Indian journal of veterinary science and animal husbandry - Volumes 18-21, 1948-1951
Year: 1948
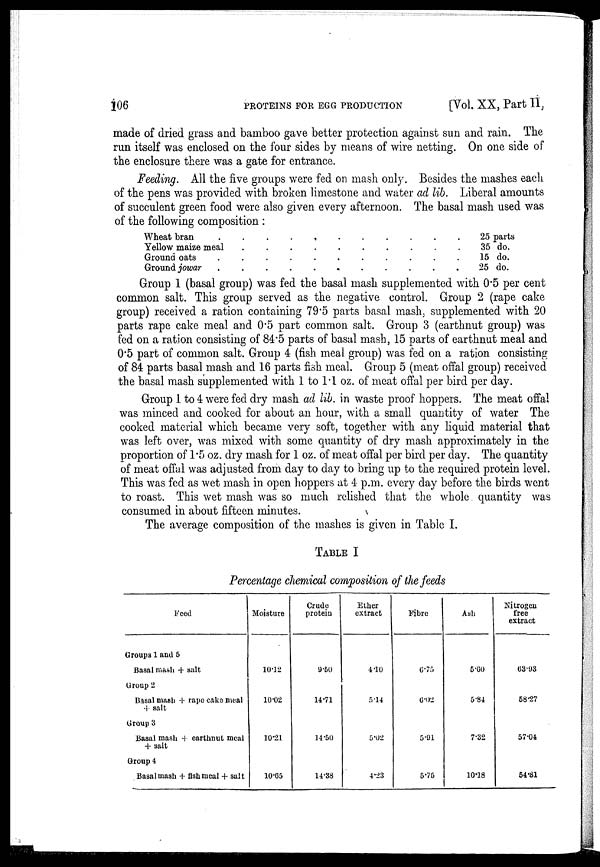
106
PROTEINS FOR EGG PRODUCTION
[Vol. XX, Part II,
made of dried grass and bamboo gave better protection against sun and rain. The
run itself was enclosed on the four sides by means of wire netting. On one side of
the enclosure there was a gate for entrance.
Feeding. All the five groups were fed on mash only. Besides the mashes each
of the pens was provided with broken limestone and water ad lib. Liberal amounts
of succulent green food were also given every afternoon. The basal mash used was
of the following composition :
Wheat bran
......
Yellow maize meal
Ground oats .................
Ground jowar
......
25 parts
35 do.
......15 do.
5 do.
Group 1 (basal group) was fed the basal mash supplemented with 0.5 per cent
common salt. This group served as the negative control. Group 2 (rape cake
group) received a ration containing 79.5 parts basal mash, supplemented with 20
parts rape cake meal and 0.5 part common salt. Group 3 (earthnut group) was
fed on a ration consisting of 84.5 parts of basal mash, 15 parts of earthnut meal and
0.5 part of common salt. Group 4 (fish meal group) was fed on a ration consisting
of 84 parts basal mash and 16 parts fish meal. Group 5 (meat offal group) received
the basal mash supplemented with 1 to 1.1 oz. of meat offal per bird per day.
Group 1 to 4 were fed dry mash ad lib. in waste proof hoppers. The meat offal
was minced and cooked for about an hour, with a small quantity of water The
cooked material which became very soft, together with any liquid material that
was left over, was mixed with some quantity of dry mash approximately in the
proportion of 1.5 oz. dry mash for 1 oz. of meat offal per bird per day. The quantity
of meat offal was adjusted from day to day to bring up to the required protein level.
This was fed as wet mash in open hoppers at 4 p.m. every day before the birds went
to roast. This wet mash was so much relished that the whole quantity was
consumed in about fifteen minutes.
The average composition of the mashes is given in Table I.
TABLE I
Percentage chemical composition of the feeds
Feed
Groups 1 and 5
Basal mash + salt
Group 2
Basal mash + rape cake meal
+ salt
Group 3
Basal mash + earthnut meal
+ salt
Group 4
Basal mash + fish meal + salt
Moisture
10.12
10.02
10.21
10.05
Crude
protein
9.50
14.71
14.50
14.38
Ether
extract
4.10
5.14
5.02
4.23
Fibre
6.75
6.02
5.91
5.75
Ash
5.60
5.84
7.32
10.18
Nitrogen
free
extract
63.93
58.27
57.04
54.81